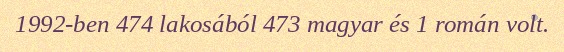
1992-ben 474 lakosából 473 magyar és 1 román volt.